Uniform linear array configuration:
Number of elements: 12
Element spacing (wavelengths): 0.25
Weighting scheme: cosine
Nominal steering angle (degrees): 0
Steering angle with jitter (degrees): -1.244
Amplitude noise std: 0.05
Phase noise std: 0.05

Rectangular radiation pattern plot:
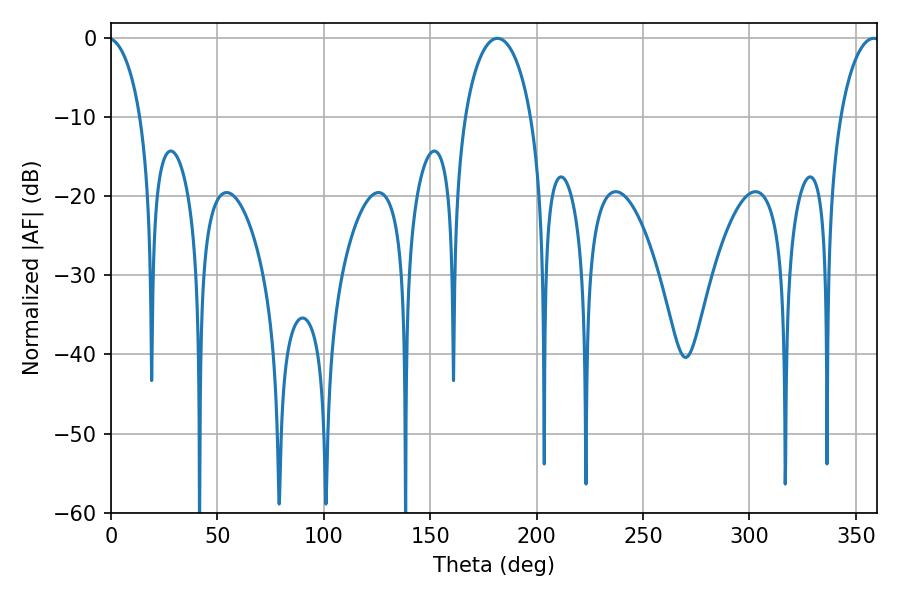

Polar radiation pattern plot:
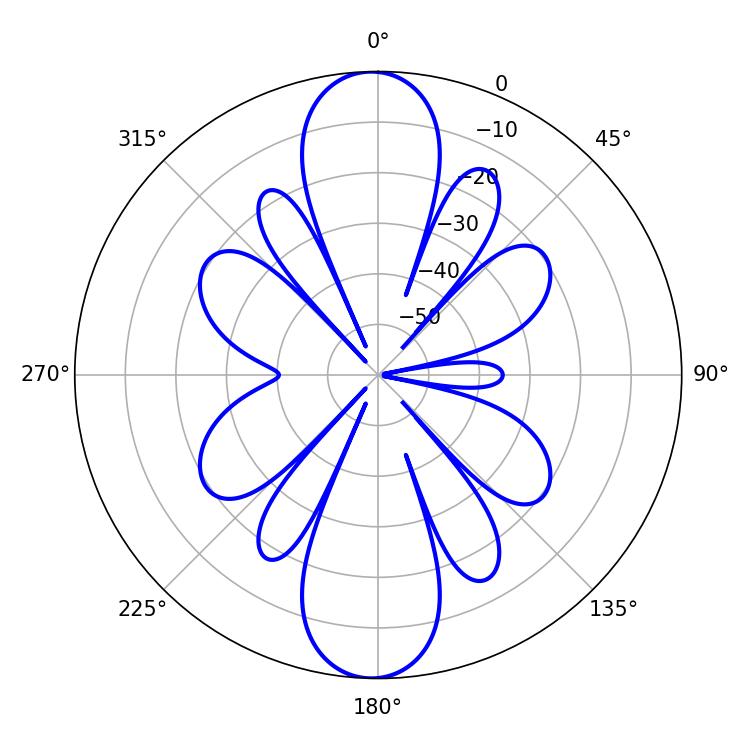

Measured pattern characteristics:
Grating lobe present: FALSE
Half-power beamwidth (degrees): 17.82
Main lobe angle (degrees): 181.62